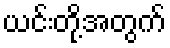
ယင်းတို့အတွက်